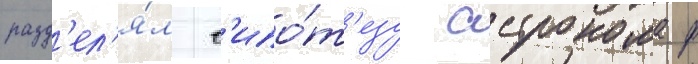
разд'ел'я́л г'ипо́т'езу астронома ф